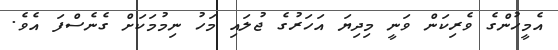
އެމީހުންގެ ވެރިކަން ވަނީ މިދިޔަ އަހަރުގެ ޖުލައި މަހު ނިމުމަކަށް ގެނެސްފަ އެވެ.